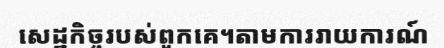
សេដ្ឋកិច្ចរបស់ពួកគេ។តាមការរាយការណ៍